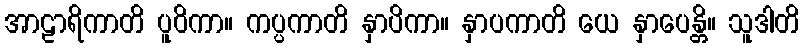
အာဠာရိကာတိ ပူဝိကာ။ ကပ္ပကာတိ နှာပိကာ။ နှာပကာတိ ယေ နှာပေန္တိ။ သူဒါတိ